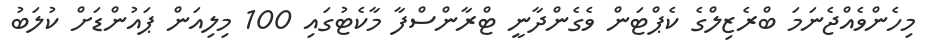
މިހެންވެއްޖެނަމަ ބްރެޒިލްގެ ކެޕްޓަން ވެގެންދާނީ ޓްރާންސްފާ މާކެޓުގައި 100 މިލިއަން ޕައުންޑަށް ކުލަބު